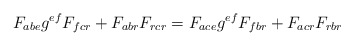
\begin{align*}F_{abe}g^{ef}F_{fcr}+F_{abr}F_{rcr}=F_{ace}g^{ef}F_{fbr}+F_{acr}F_{rbr}\end{align*}